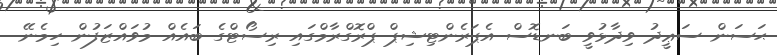
ޙަސަން ސަޢީދު ވިދާޅުވީ ބަނޑޮސް އެޕަރެންޓިޝިޕް ޕްރޮގްރާމްގައި ރިސޯޓްގެ ބައެއް މުވައްޒަފުން ހިމެނޭ